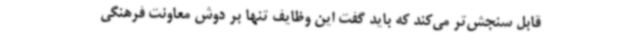
قابل سنجش‌تر می‌کند که باید گفت این وظایف تنها بر دوش معاونت فرهنگی